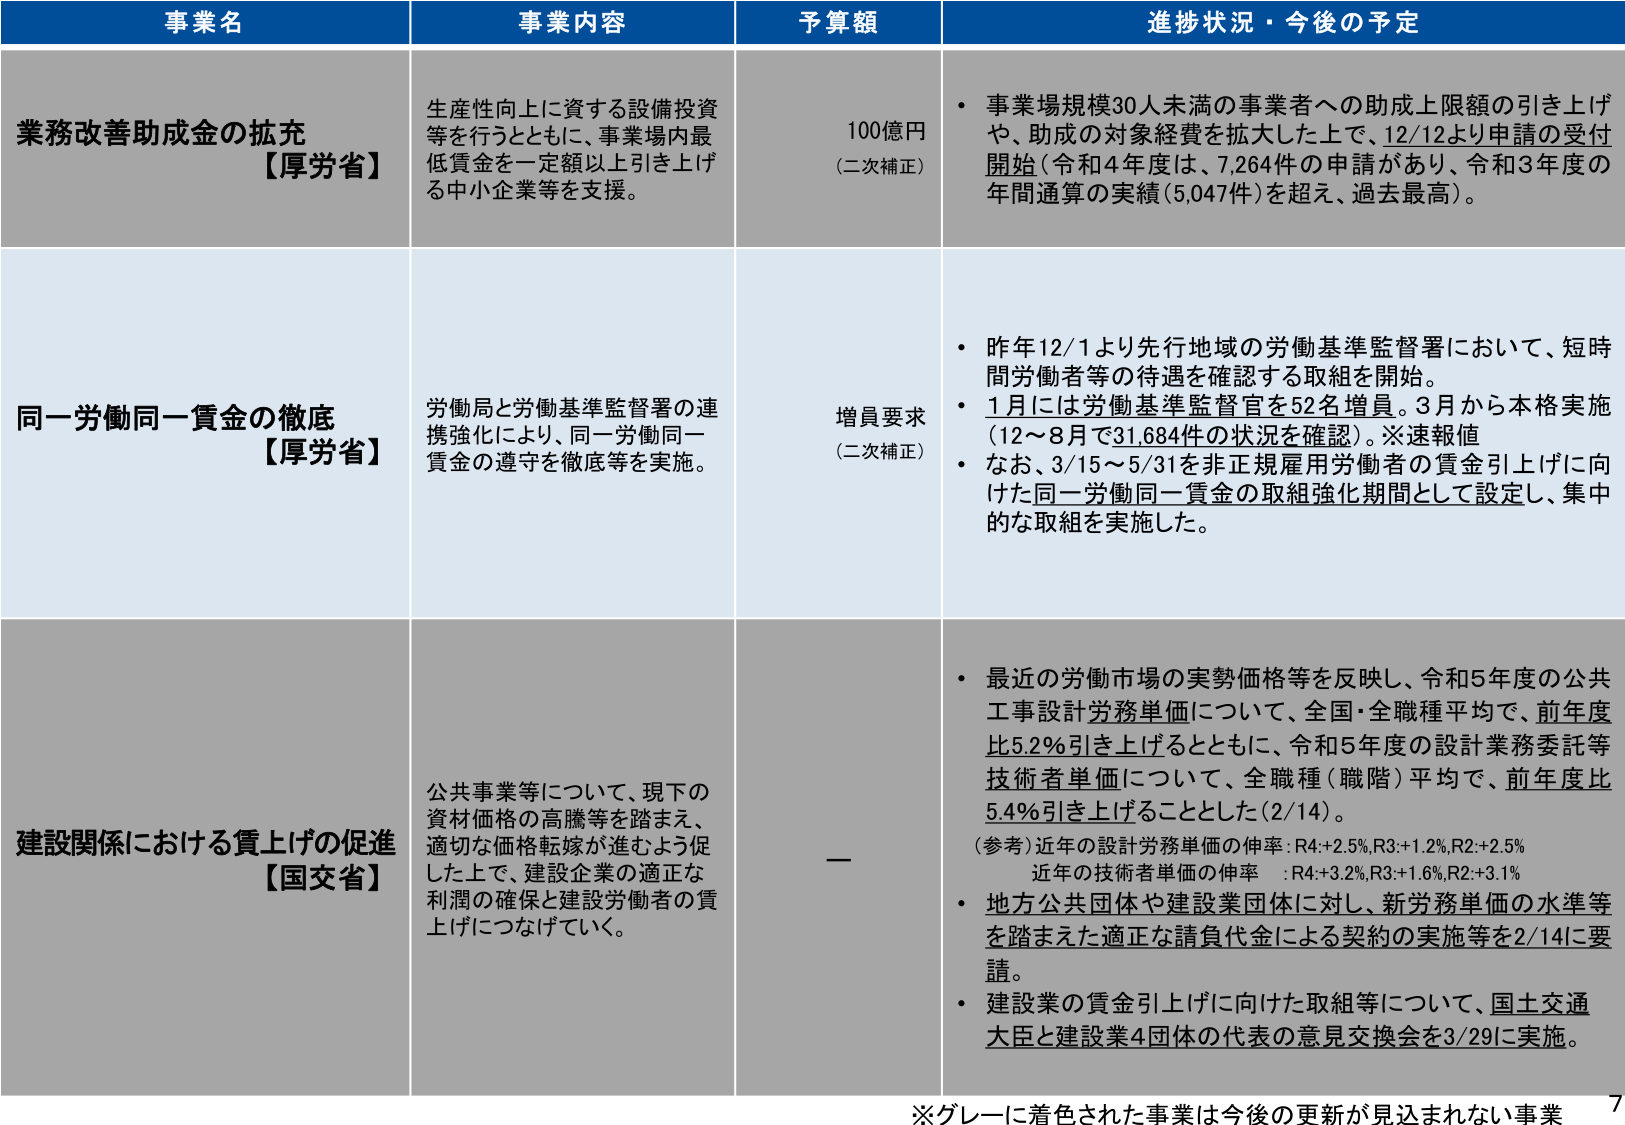
事業名 事業内容 予算額 進捗状況・今後の予定
業務改善助成金の拡充 【厚労省】 生産性向上に資する設備投資等を行うとともに、事業場内最低賃金を一定額以上引き上げる中小企業等を支援。 100億円 （二次補正） ・事業場規模30人未満の事業者への助成上限額の引き上げや、助成の対象経費を拡大した上で、12/12より申請の受付開始（令和4年度は、7,264件の申請があり、令和3年度の年間通算の実績（5,047件）を超え、過去最高）。
同一労働同一賃金の徹底 【厚労省】 労働局と労働基準監督署の連携強化により、同一労働同一賃金の遵守を徹底等を実施。 増員要求 （二次補正） ・昨年12/1より先行地域の労働基準監督署において、短時間労働者等の待遇を確認する取組を開始。 ・1月には労働基準監督官を52名増員。3月から本格実施（12～8月で31,684件の状況を確認）。※速報値 ・なお、3/15～5/31を非正規雇用労働者の賃金引上げに向けた同一労働同一賃金の取組強化期間として設定し、集中的な取組を実施した。
建設関係における賃上げの促進 【国交省】 公共事業等について、現下の資材価格の高騰等を踏まえ、適切な価格転嫁が進むよう促した上で、建設企業の適正な利潤の確保と建設労働者の賃上げにつなげていく。 — ・最近の労働市場の実勢価格等を反映し、令和5年度の公共工事設計労務単価について、全国・全職種平均で、前年度比5.2％引き上げるとともに、令和5年度の設計業務委託等技術者単価について、全職種（職階）平均で、前年度比5.4％引き上げることとした（2/14）。 （参考）近年の設計労務単価の伸率：R4:+2.5%,R3:+1.2%,R2:+2.5% 近年の技術者単価の伸率 ：R4:+3.2%,R3:+1.6%,R2:+3.1% ・地方公共団体や建設業団体に対し、新労務単価の水準等を踏まえた適正な請負代金による契約の実施等を2/14に要請。 ・建設業の賃金引上げに向けた取組等について、国土交通大臣と建設業4団体の代表の意見交換会を3/29に実施。
※グレーに着色された事業は今後の更新が見込まれない事業 7